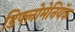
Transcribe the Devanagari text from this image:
डिफ्लोमेनियॅक